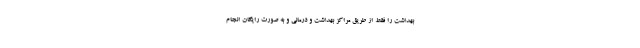
بهداشت را فقط از طریق مراکز بهداشت و درمانی و به صورت رایگان انجام